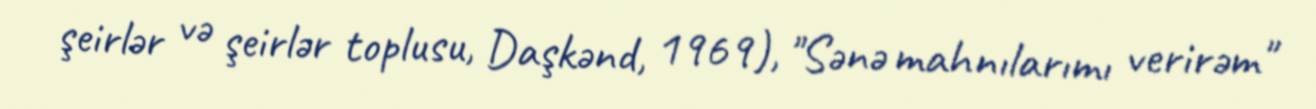
şeirlər və şeirlər toplusu, Daşkənd, 1969), "Sənə mahnılarımı verirəm"